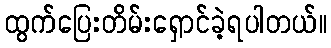
ထွက်ပြေးတိမ်းရှောင်ခဲ့ရပါတယ်။